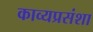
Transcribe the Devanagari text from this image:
काव्यप्रसंशा